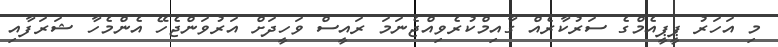
މި އަހަރު ޕީޕީއެމްގެ ސަރުކާރެއް ގާއިމްކުރެވިއްޖެނަމަ ރައީސް ވަހީދަށް އަރުވަންޖެހޭ އެންމެހާ ޝަރަފާއި